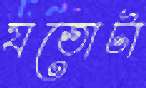
যতোটা